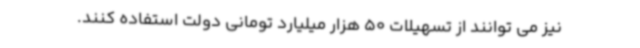
نیز می توانند از تسهیلات 50 هزار میلیارد تومانی دولت استفاده کنند.